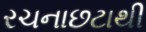
રચનાછટાથી